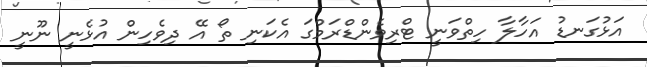
އަޅުގަނޑު އަހާލާ ހިތްވަނީ ޓްރިވެންޑްރަމްގަ އެކަނި ތޯ އޭ ދިވެހިން އުޅެނީ ނޫނީ